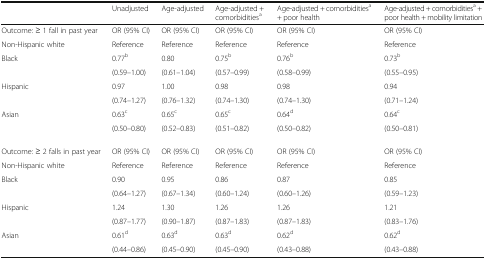
<table><thead><tr><td></td><td><b>Unadjusted</b></td><td><b>Age-adjusted</b></td><td><b>Age-adjusted + comorbidities<sup>a</sup></b></td><td><b>Age-adjusted + comorbidities<sup>a</sup> + poor health</b></td><td><b>Age-adjusted + comorbidities<sup>a</sup> + poor health + mobility limitation</b></td></tr></thead><tbody><tr><td>Outcome: ≥ 1 fall in past year</td><td>OR (95% CI)</td><td>OR (95% CI)</td><td>OR (95% CI)</td><td>OR (95% CI)</td><td>OR (95% CI)</td></tr><tr><td>Non-Hispanic white</td><td>Reference</td><td>Reference</td><td>Reference</td><td>Reference</td><td>Reference</td></tr><tr><td>Black</td><td>0.77<sup>b</sup></td><td>0.80</td><td>0.75<sup>b</sup></td><td>0.76<sup>b</sup></td><td>0.73<sup>b</sup></td></tr><tr><td></td><td>(0.59–1.00)</td><td>(0.61–1.04)</td><td>(0.57–0.99)</td><td>(0.58–0.99)</td><td>(0.55–0.95)</td></tr><tr><td>Hispanic</td><td>0.97</td><td>1.00</td><td>0.98</td><td>0.98</td><td>0.94</td></tr><tr><td></td><td>(0.74–1.27)</td><td>(0.76–1.32)</td><td>(0.74–1.30)</td><td>(0.74–1.30)</td><td>(0.71–1.24)</td></tr><tr><td>Asian</td><td>0.63<sup>c</sup></td><td>0.65<sup>c</sup></td><td>0.65<sup>c</sup></td><td>0.64<sup>d</sup></td><td>0.64<sup>c</sup></td></tr><tr><td></td><td>(0.50–0.80)</td><td>(0.52–0.83)</td><td>(0.51–0.82)</td><td>(0.50–0.82)</td><td>(0.50–0.81)</td></tr><tr><td>Outcome: ≥ 2 falls in past year</td><td>OR (95% CI)</td><td>OR (95% CI)</td><td>OR (95% CI)</td><td>OR (95% CI)</td><td>OR (95% CI)</td></tr><tr><td>Non-Hispanic white</td><td>Reference</td><td>Reference</td><td>Reference</td><td>Reference</td><td>Reference</td></tr><tr><td>Black</td><td>0.90</td><td>0.95</td><td>0.86</td><td>0.87</td><td>0.85</td></tr><tr><td></td><td>(0.64–1.27)</td><td>(0.67–1.34)</td><td>(0.60–1.24)</td><td>(0.60–1.26)</td><td>(0.59–1.23)</td></tr><tr><td>Hispanic</td><td>1.24</td><td>1.30</td><td>1.26</td><td>1.26</td><td>1.21</td></tr><tr><td></td><td>(0.87–1.77)</td><td>(0.90–1.87)</td><td>(0.87–1.83)</td><td>(0.87–1.83)</td><td>(0.83–1.76)</td></tr><tr><td>Asian</td><td>0.61<sup>d</sup></td><td>0.63<sup>d</sup></td><td>0.63<sup>d</sup></td><td>0.62<sup>d</sup></td><td>0.62<sup>d</sup></td></tr><tr><td></td><td>(0.44–0.86)</td><td>(0.45–0.90)</td><td>(0.45–0.90)</td><td>(0.43–0.88)</td><td>(0.43–0.88)</td></tr></tbody></table>